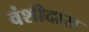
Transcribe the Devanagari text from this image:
वंशीदास